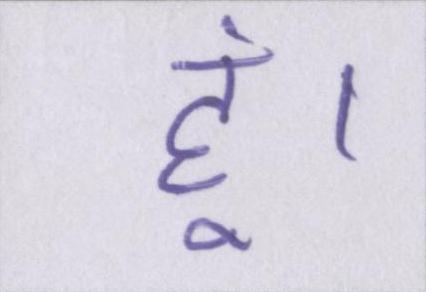
हूं।